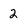
Character: 2